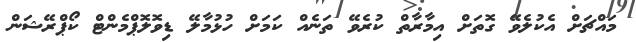
މައްޗަށް އެކުލެވޭ ގޮތަށް އިމާރާތް ކުރެވޭ ތަނެއް ކަމަށް ހުޅުމާލޭ ޑިވޮލޮޕްމެންޓް ކޯޕްރޭޝަން